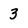
Character: 3